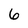
Character: 6